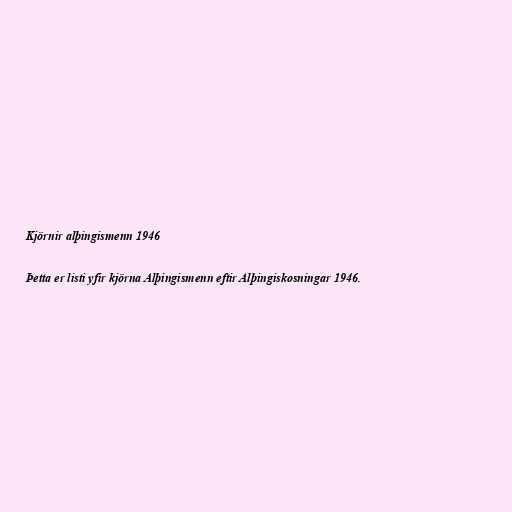
Kjörnir alþingismenn 1946

Þetta er listi yfir kjörna Alþingismenn eftir Alþingiskosningar 1946.